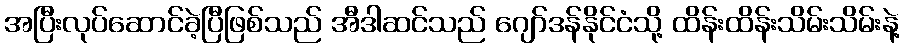
အပြီးလုပ်ဆောင်ခဲ့ပြီဖြစ်သည် အီဒါဆင်သည် ဂျော်ဒန်နိုင်ငံသို့ ထိန်းထိန်းသိမ်းသိမ်းနဲ့